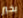
بخير